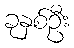
ခုနှစ်ဦး